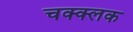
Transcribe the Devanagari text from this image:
चक्क्लक